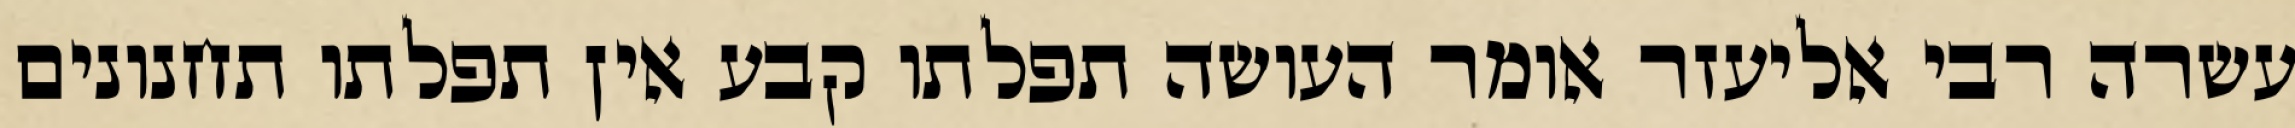
עשרה רבי אליעזר אומר העושה תפלתו קבע אין תפלתו תחנונים